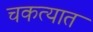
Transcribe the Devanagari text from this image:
चकत्यात